Vaccine operations Central Provinces 1900-1911 - 1900-1911
Year: 1900
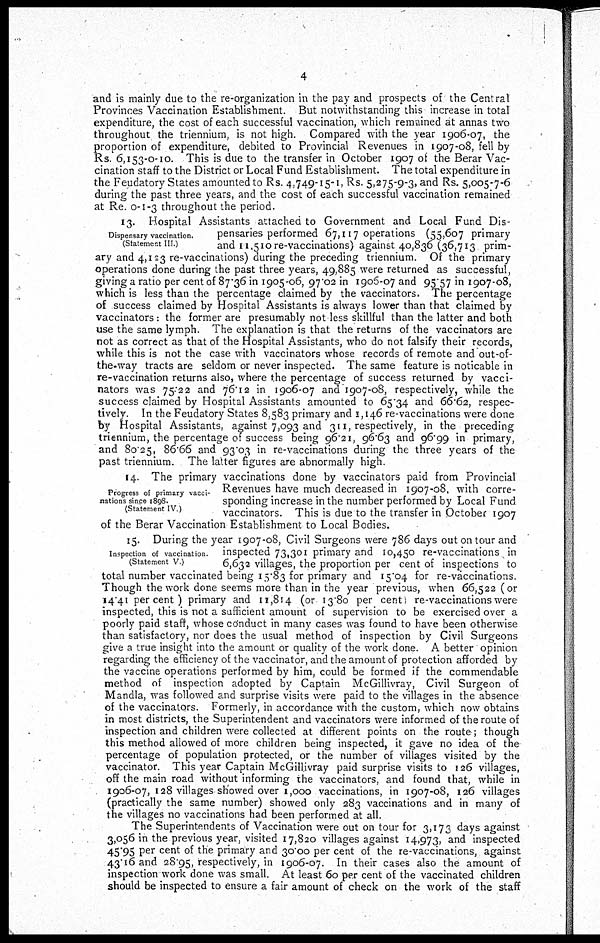
4
and is mainly due to the re-organization in the pay and prospects of the Central
Provinces Vaccination Establishment. But notwithstanding this increase in total
expenditure, the cost of each successful vaccination, which remained at annas two
throughout the triennium, is not high. Compared with the year 1906-07, the
proportion of expenditure, debited to Provincial Revenues in 1907-08, fell by
Rs. 6,153-0-10. This is due to the transfer in October 1907 of the Berar Vac-
cination staff to the District or Local Fund Establishment. The total expenditure in
the Feudatory States amounted to Rs. 4,749-15-1, Rs. 5,275-9-3, and Rs. 5,005-7-6
during the past three years, and the cost of each successful vaccination remained
at Re. 0-1-3 throughout the period.
Dispensary vaccination.
(Statement III)
13. Hospital Assistants attached to Government and Local Fund Dis-
pensaries performed 67,117 operations (55,607 primary
and 11,510 re-vaccinations) against 40,836 (36,713 prim-
ary and 4,123 re-vaccinations) during the preceding triennium. Of the primary
operations done during the past three years, 49,885 were returned as successful,
giving a ratio per cent of 87.36 in 1905-06, 97.02 in 1906-07 and 95.57 in 1907-08,
which is less than the percentage claimed by the vaccinators. The percentage
of success claimed by Hospital Assistants is always lower than that claimed by
vaccinators: the former are presumably not less skillful than the latter and both
use the same lymph. The explanation is that the returns of the vaccinators are
not as correct as that of the Hospital Assistants, who do not falsify their records,
while this is not the case with vaccinators whose records of remote and out-of-
the-way tracts are seldom or never inspected. The same feature is noticable in
re-vaccination returns also, where the percentage of success returned by vacci-
nators was 75.22 and 76.12 in 1906-07 and 1907-08, respectively, while the
success claimed by Hospital Assistants amounted to 65.34 and 66.62, respec-
tively In the Feudatory States 8,583 primary and 1,146 re-vaccinations were done
by Hospital Assistants, against 7,093 and 311, respectively, in the preceding
triennium, the percentage of success being 96.21, 96.63 and 96.99 in primary,
and 80.25, 86.66 and 93.03 in re-vaccinations during the three years of the
past triennium. The latter figures are abnormally high
Progress of primary vacci-
nations since 1898.
(Statement IV)
14. The primary vaccinations done by vaccinators paid from Provincial
Revenues have much decreased in 1907-08, with corre-
sponding increase in the number performed by Local Fund
vaccinators. This is due to the transfer in October 1907
of the Berar Vaccination Establishment to Local Bodies.
Inspection of vaccination
(Statement V )
15. During the year 1907-08, Civil Surgeons were 786 days out on tour and
inspected 73,301 primary and 10,450 re-vaccinations in
6,632 villages, the proportion per cent of inspections to
total number vaccinated being 15.83 for primary and 15.04 for re-vaccinations.
Though the work done seems more than in the year previous, when 66,522 (or
14.41 percent) primary and 11,814 (or 13.80 per cent) re-vaccinations were
inspected, this is not a sufficient amount of supervision to be exercised over a
poorly paid staff, whose conduct in many cases was found to have been otherwise
than satisfactory, nor does the usual method of inspection by Civil Surgeons
give a true insight into the amount or quality of the work done A better opinion
regarding the efficiency of the vaccinator, and the amount of protection afforded by
the vaccine operations performed by him, could be formed if the commendable
method of inspection adopted by Captain McGillivray, Civil Surgeon of
Mandla, was followed and surprise visits were paid to the villages in the absence
of the vaccinators. Formerly, in accordance with the custom, which now obtains
in most districts, the Superintendent and vaccinators were informed of the route of
inspection and children were collected at different points on the route; though
this method allowed of more children being inspected, it gave no idea of the
percentage of population protected, or the number of villages visited by the
vaccinator This year Captain McGillivray paid surprise visits to 126 villages,
off the main road without informing the vaccinators, and found that, while in
1906-07, 128 villages showed over 1,000 vaccinations, in 1907-08, 126 villages
(practically the same number) showed only 283 vaccinations and in many of
the villages no vaccinations had been performed at all.
The Superintendents of Vaccination were out on tour for 3,173 days against
3,056 in the previous year, visited 17,820 villages against 14,973, and inspected
45.95 per cent of the primary and 30.00 per cent of the re-vaccinations, against
43.16 and 28.95, respectively, in 1906-07. In their cases also the amount of
inspection work done was small. At least 60 per cent of the vaccinated children
should be inspected to ensure a fair amount of check on the work of the staff